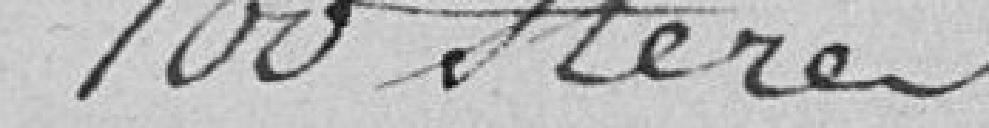
100 stères